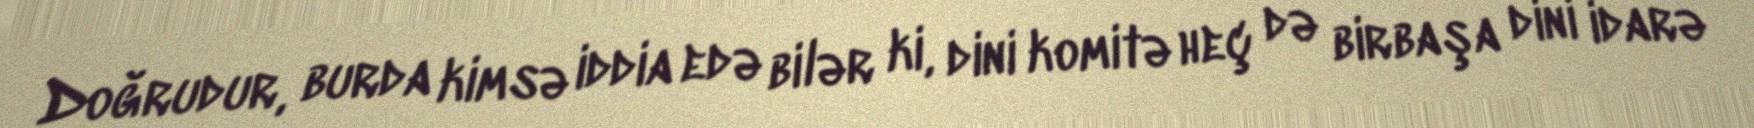
Doğrudur, burda kimsə iddia edə bilər ki, dini komitə heç də birbaşa dini idarə